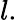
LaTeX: l.